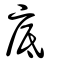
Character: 底